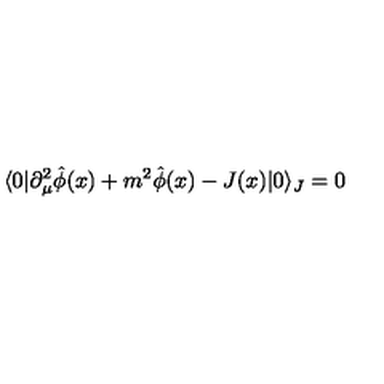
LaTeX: \langle 0 | \partial _ { \mu } ^ { 2 } \hat { \phi } ( x ) + m ^ { 2 } \hat { \phi } ( x ) - J ( x ) | 0 \rangle _ { J } = 0